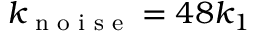
k _ { \textrm { n o i s e } } = 4 8 k _ { 1 }